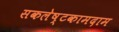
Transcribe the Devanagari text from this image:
सकलेष्टकामदाम